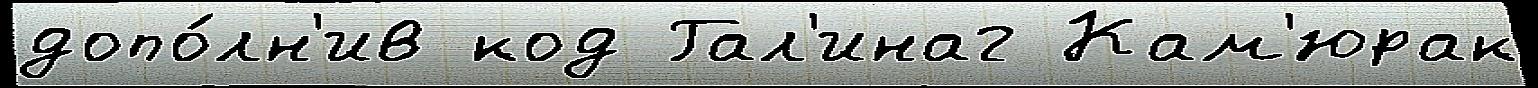
допо́лн'ив код Гал'инаг Кам'юрак